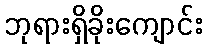
ဘုရားရှိခိုးကျောင်း